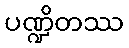
ပဏ္ဍိတဿ